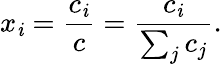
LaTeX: x_{\mathit{i}}={\frac{{c_{\mathit{i}}}}{{c}}}={\frac{{c_{\mathit{i}}}}{{\sum_{j}c_{j}}}}.